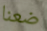
ضعنا